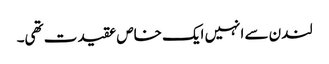
لندن سے انہیں ایک خاص عقیدت تھی۔